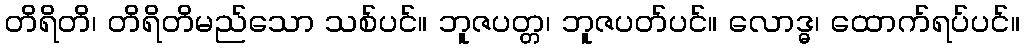
တိရိတိ၊ တိရိတိမည်သော သစ်ပင်။ ဘူဇပတ္တ၊ ဘူဇပတ်ပင်။ လောဒ္ဓ၊ ထောက်ရပ်ပင်။